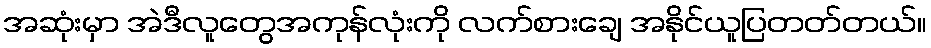
အဆုံးမှာ အဲဒီလူတွေအကုန်လုံးကို လက်စားချေ အနိုင်ယူပြတတ်တယ်။